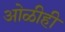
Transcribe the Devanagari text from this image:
ओळीही